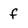
Character: f